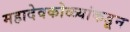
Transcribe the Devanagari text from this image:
महादेवकोळ्यांकडून